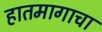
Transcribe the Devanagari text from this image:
हातमागाचा